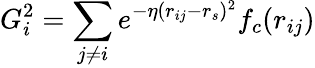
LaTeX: G_{i}^{2}=\sum_{j\neq i}e^{-\eta(r_{ij}-r_{s})^{2}}f_{c}(r_{ij})